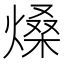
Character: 𤌧